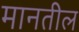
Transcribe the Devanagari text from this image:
मानतील